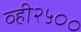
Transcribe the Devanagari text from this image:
व्ही२५००